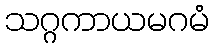
သဂ္ဂကာယမဂမံ